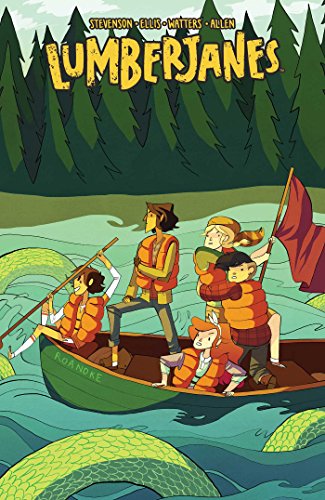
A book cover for Lumberjanes Vol. 3; Shannon Watters; Comics & Graphic Novels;